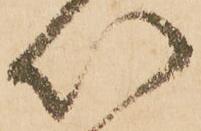
以